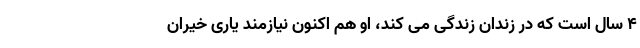
۴ سال است که در زندان زندگی می کند، او هم اکنون نیازمند یاری خیران